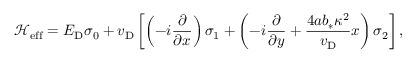
\mathcal { H } _ { \mathrm { e f f } } = E _ { \mathrm { D } } \sigma _ { 0 } + v _ { \mathrm { D } } \left[ \left( - i \frac { \partial } { \partial x } \right) \sigma _ { 1 } + \left( - i \frac { \partial } { \partial y } + \frac { 4 a b _ { * } \kappa ^ { 2 } } { v _ { \mathrm { D } } } x \right) \sigma _ { 2 } \right] ,